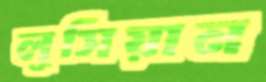
লুসিয়ান